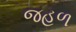
જહળ